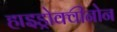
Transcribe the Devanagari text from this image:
हाइड्रोक्वीनोन